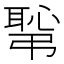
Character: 𢟛